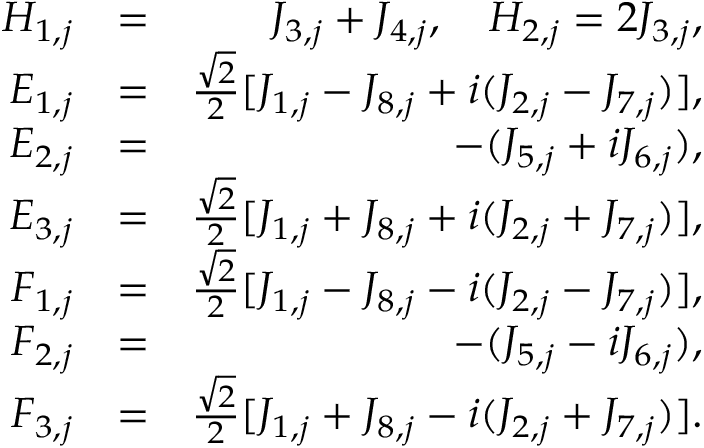
\begin{array} { r l r } { H _ { 1 , j } } & { = } & { J _ { 3 , j } + J _ { 4 , j } , \quad H _ { 2 , j } = 2 J _ { 3 , j } , } \\ { E _ { 1 , j } } & { = } & { \frac { \sqrt { 2 } } { 2 } [ J _ { 1 , j } - J _ { 8 , j } + i ( J _ { 2 , j } - J _ { 7 , j } ) ] , } \\ { E _ { 2 , j } } & { = } & { - ( J _ { 5 , j } + i J _ { 6 , j } ) , } \\ { E _ { 3 , j } } & { = } & { \frac { \sqrt { 2 } } { 2 } [ J _ { 1 , j } + J _ { 8 , j } + i ( J _ { 2 , j } + J _ { 7 , j } ) ] , } \\ { F _ { 1 , j } } & { = } & { \frac { \sqrt { 2 } } { 2 } [ J _ { 1 , j } - J _ { 8 , j } - i ( J _ { 2 , j } - J _ { 7 , j } ) ] , } \\ { F _ { 2 , j } } & { = } & { - ( J _ { 5 , j } - i J _ { 6 , j } ) , } \\ { F _ { 3 , j } } & { = } & { \frac { \sqrt { 2 } } { 2 } [ J _ { 1 , j } + J _ { 8 , j } - i ( J _ { 2 , j } + J _ { 7 , j } ) ] . } \end{array}